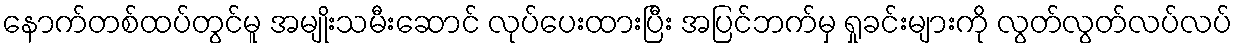
နောက်တစ်ထပ်တွင်မူ အမျိုးသမီးဆောင် လုပ်ပေးထားပြီး အပြင်ဘက်မှ ရှုခင်းများကို လွတ်လွတ်လပ်လပ်